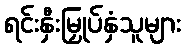
ရင်းနှီးမြှုပ်နှံသူများ